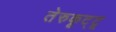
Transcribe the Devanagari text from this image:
तेरुकूट्टू